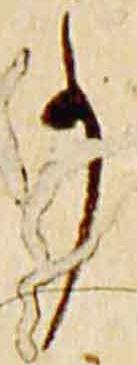
事